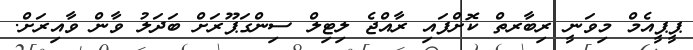
ޕީޕީއެމް މިވަނީ ރިބާރތް ކޮށްފައި ރާއްޖެ ލިޓިލް ސިންގަޕޫރަށް ބަދަލު ވާން ވާއިރަށް.